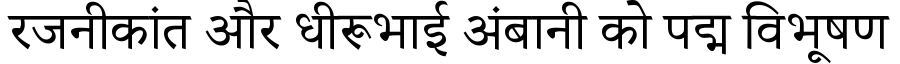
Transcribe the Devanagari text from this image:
रजनीकांत और धीरूभाई अंबानी को पद्म विभूषण